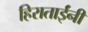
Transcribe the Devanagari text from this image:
हिराताईंनी